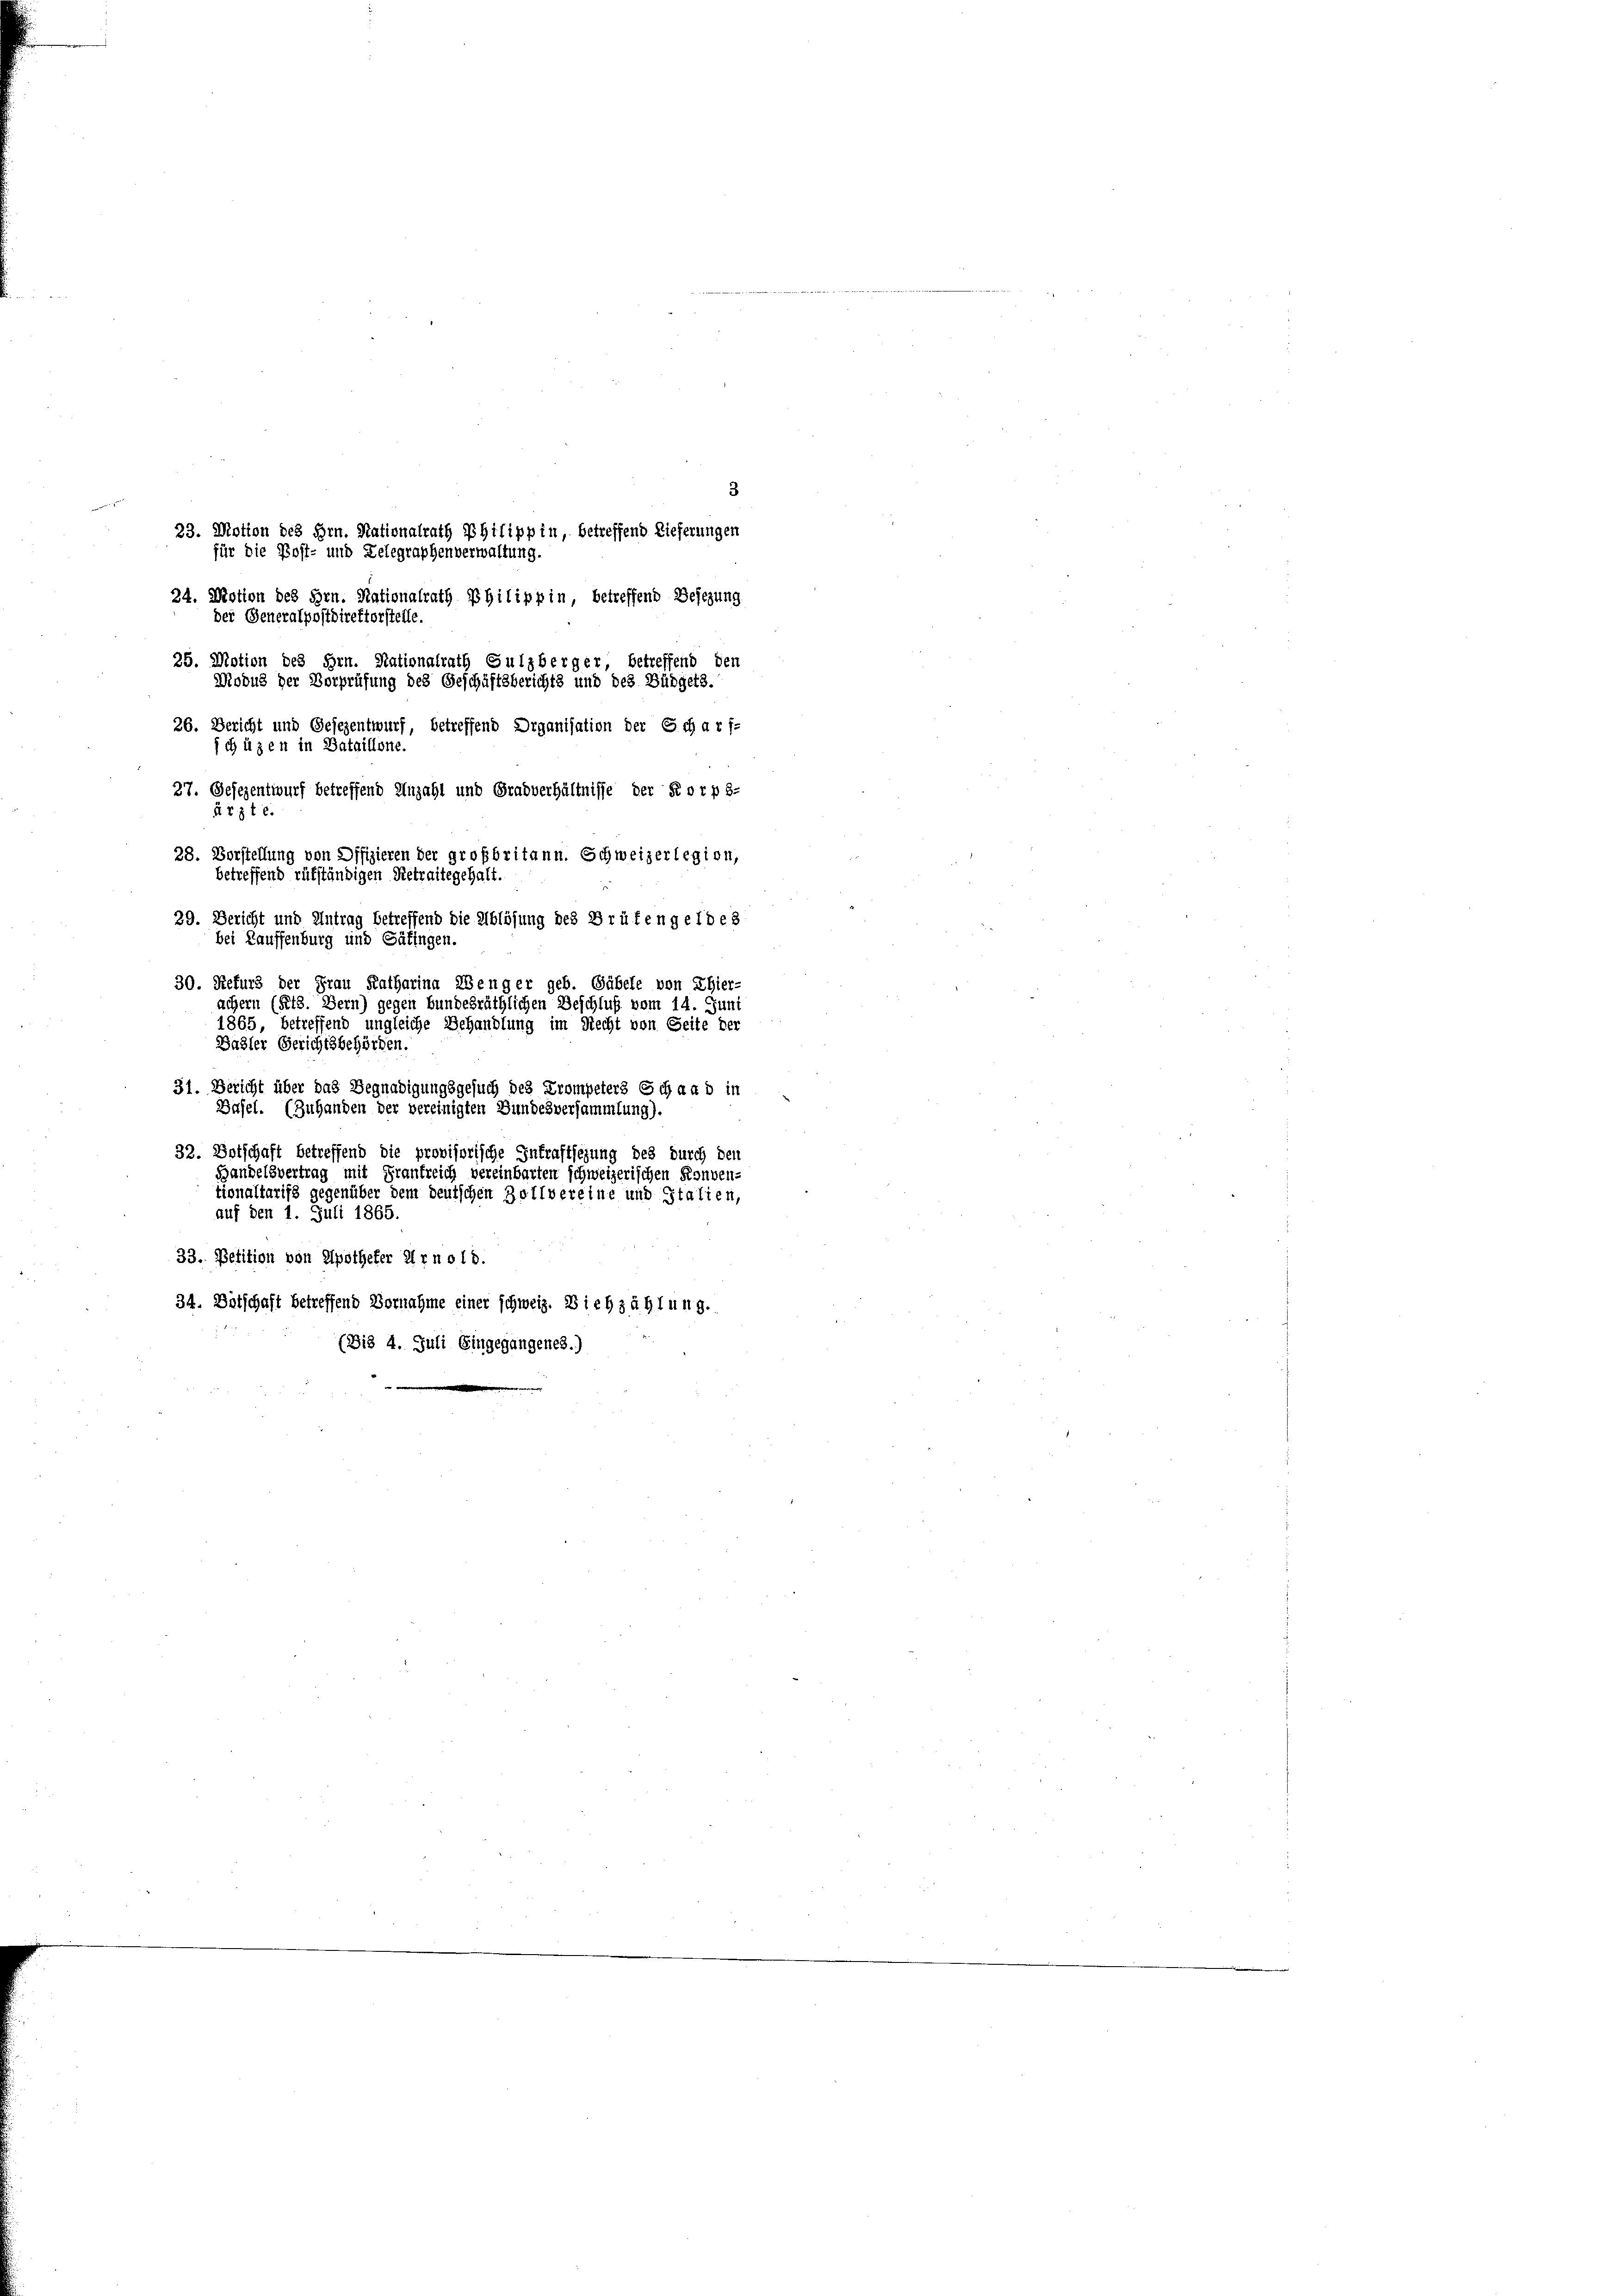
23. Motion des Hrn. Nationalrath Philippin, betreffend Lieferungen
für die Post- und Lelegraphenverwaltung.
24. Motion des Hrn. Nationalrath Philippin betreffend Besizung
der Generalpostdirektorstelle.
25. Motion des Hrn. Stationalrath Gulzberger, betreffend den
Modus der Vorprüfung des Geschäftsberichts und des Büdgets.
26. Bericht und Gesezentwurf, betreffend Organisation der Scharf-
schützen in Bataillone.
27. Gesezentwurf betreffend Anzahl und Gradverhältnisse der Korpo-
28. Vorstellung von Offizieren der großbritann. Schweizerlegion,
29. Bericht und Antrag betreffend die Ablösung des Drüfengeldes
bei Lauffenburg und Gäfingen.
30. Refurs der Frau Katharina Wenger geb. Gübele von Ehler-
ächern (Rets. Bern) gegen bundesräthlichen Beschluß vom 14. Juni
1865, betreffend ungleiche Behandlung im Recht von Seite der
Dähler Gerichtsbehörden
31. Bericht über das Begnadigungsgesuch des Trompeters Schaad in
Basel. (Zuhanden der vereinigten Bundesversammlung).
32. Botschaft betreffend die provisorische Intraftsezung des durch den
Handelsvertrag mit Frankreich vereinbarten schweizerischen Konven-
tionaltarifs gegenüber dem deutschen Zottvereine und Statien,
auf den 1. Juli 1865.
33. Petition von Apotheker Arno 18.
34. Botschaft betreffend Vornahme einer schweiz. Dich zahlung.
(Di§ 4. Juli Eingegangenes.)

ärzte.
betreffend rükständigen Retraitegehalt.